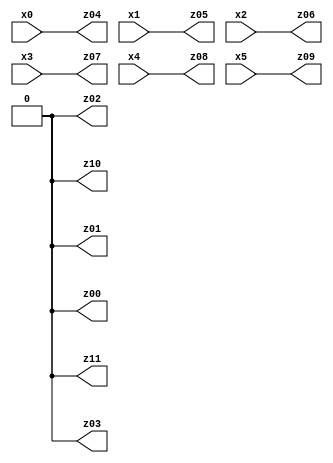
// Benchmark "X_18" written by ABC on Fri Jun 02 03:24:22 2023

module X_18 ( 
    x0, x1, x2, x3, x4, x5,
    z00, z01, z02, z03, z04, z05, z06, z07, z08, z09, z10, z11  );
  input  x0, x1, x2, x3, x4, x5;
  output z00, z01, z02, z03, z04, z05, z06, z07, z08, z09, z10, z11;
  assign z00 = 1'b0;
  assign z01 = 1'b0;
  assign z02 = 1'b0;
  assign z03 = 1'b0;
  assign z04 = x0;
  assign z05 = x1;
  assign z06 = x2;
  assign z07 = x3;
  assign z08 = x4;
  assign z09 = x5;
  assign z10 = 1'b0;
  assign z11 = 1'b0;
endmodule